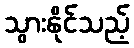
သွားနိုင်သည့်